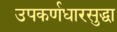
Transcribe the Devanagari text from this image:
उपकर्णधारसुद्धा